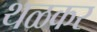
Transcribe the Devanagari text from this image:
थळकर